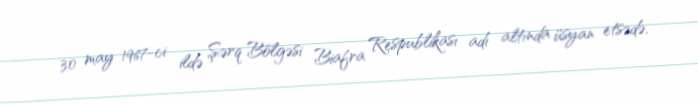
30 may 1967-ci ildə Şərq Bölgəsi Biafra Respublikası adı altında üsyan etsədə,